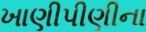
ખાણીપીણીના